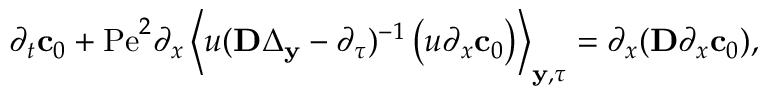
\begin{array} { r l } & { \partial _ { t } \mathbf { c } _ { 0 } + \mathrm { P e } ^ { 2 } \partial _ { x } \left\langle u ( \mathbf { D } \Delta _ { \mathbf { y } } - \partial _ { \tau } ) ^ { - 1 } \left( u \partial _ { x } \mathbf { c } _ { 0 } \right) \right\rangle _ { \mathbf { y } , \tau } = \partial _ { x } ( \mathbf { D } \partial _ { x } \mathbf { c } _ { 0 } ) , } \end{array}